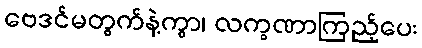
ဗေဒင်မတွက်နဲ့ကွာ၊ လက္ခဏာကြည့်ပေး